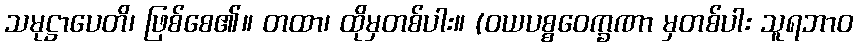
သမုဋ္ဌာပေတိ၊ ဖြစ်စေ၏။ တထာ၊ ထိုမှတစ်ပါး။ (ဝယပစ္စဝေက္ခဏာ မှတစ်ပါး သူရဘာဝ